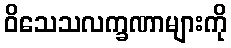
ဝိသေသလက္ခဏာများကို